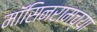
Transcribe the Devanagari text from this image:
मॉसिनरामच्या